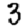
Digit: 3